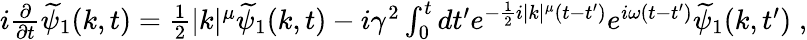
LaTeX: \begin{array}{r}{i\frac{\partial}{\partial t}\widetilde{\psi}_{1}(k,t)=\frac{1}{2}|k|^{\mu}\widetilde{\psi}_{1}(k,t)-i\gamma^{2}\int_{0}^{t}dt^{\prime}e^{-\frac{1}{2}i|k|^{\mu}(t-t^{\prime})}e^{i\omega(t-t^{\prime})}\widetilde{\psi}_{1}(k,t^{\prime})\; ,}\end{array}